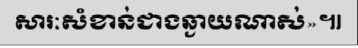
សារៈសំខាន់ជាងឆ្ងាយណាស់»៕